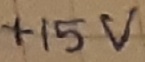
Text: +15V